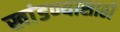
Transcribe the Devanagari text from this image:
खांडण्यासाठी